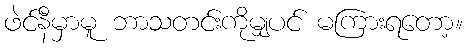
ဖဲင်နီမှာမူ ဘာသတင်းကိုမျှပင် မကြားရတော့။